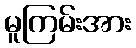
မူကြမ်းအား